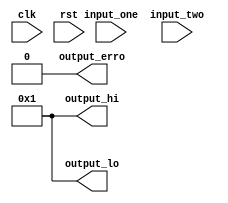
module div(
    input wire clk,
    input wire rst,
    input wire  [31:0] input_one,
    input wire  [31:0] input_two,
    output wire [31:0] output_hi,
    output wire [31:0] output_lo,
    output wire output_erro
);

assign output_erro = 0;
assign output_hi  = 31'b0000000000000000000000000000001;
assign output_hi  = 31'b0000000000000000000000000000001;

endmodule